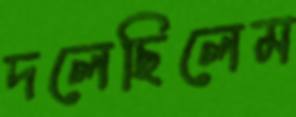
দলেছিলেম